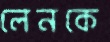
লেনকে